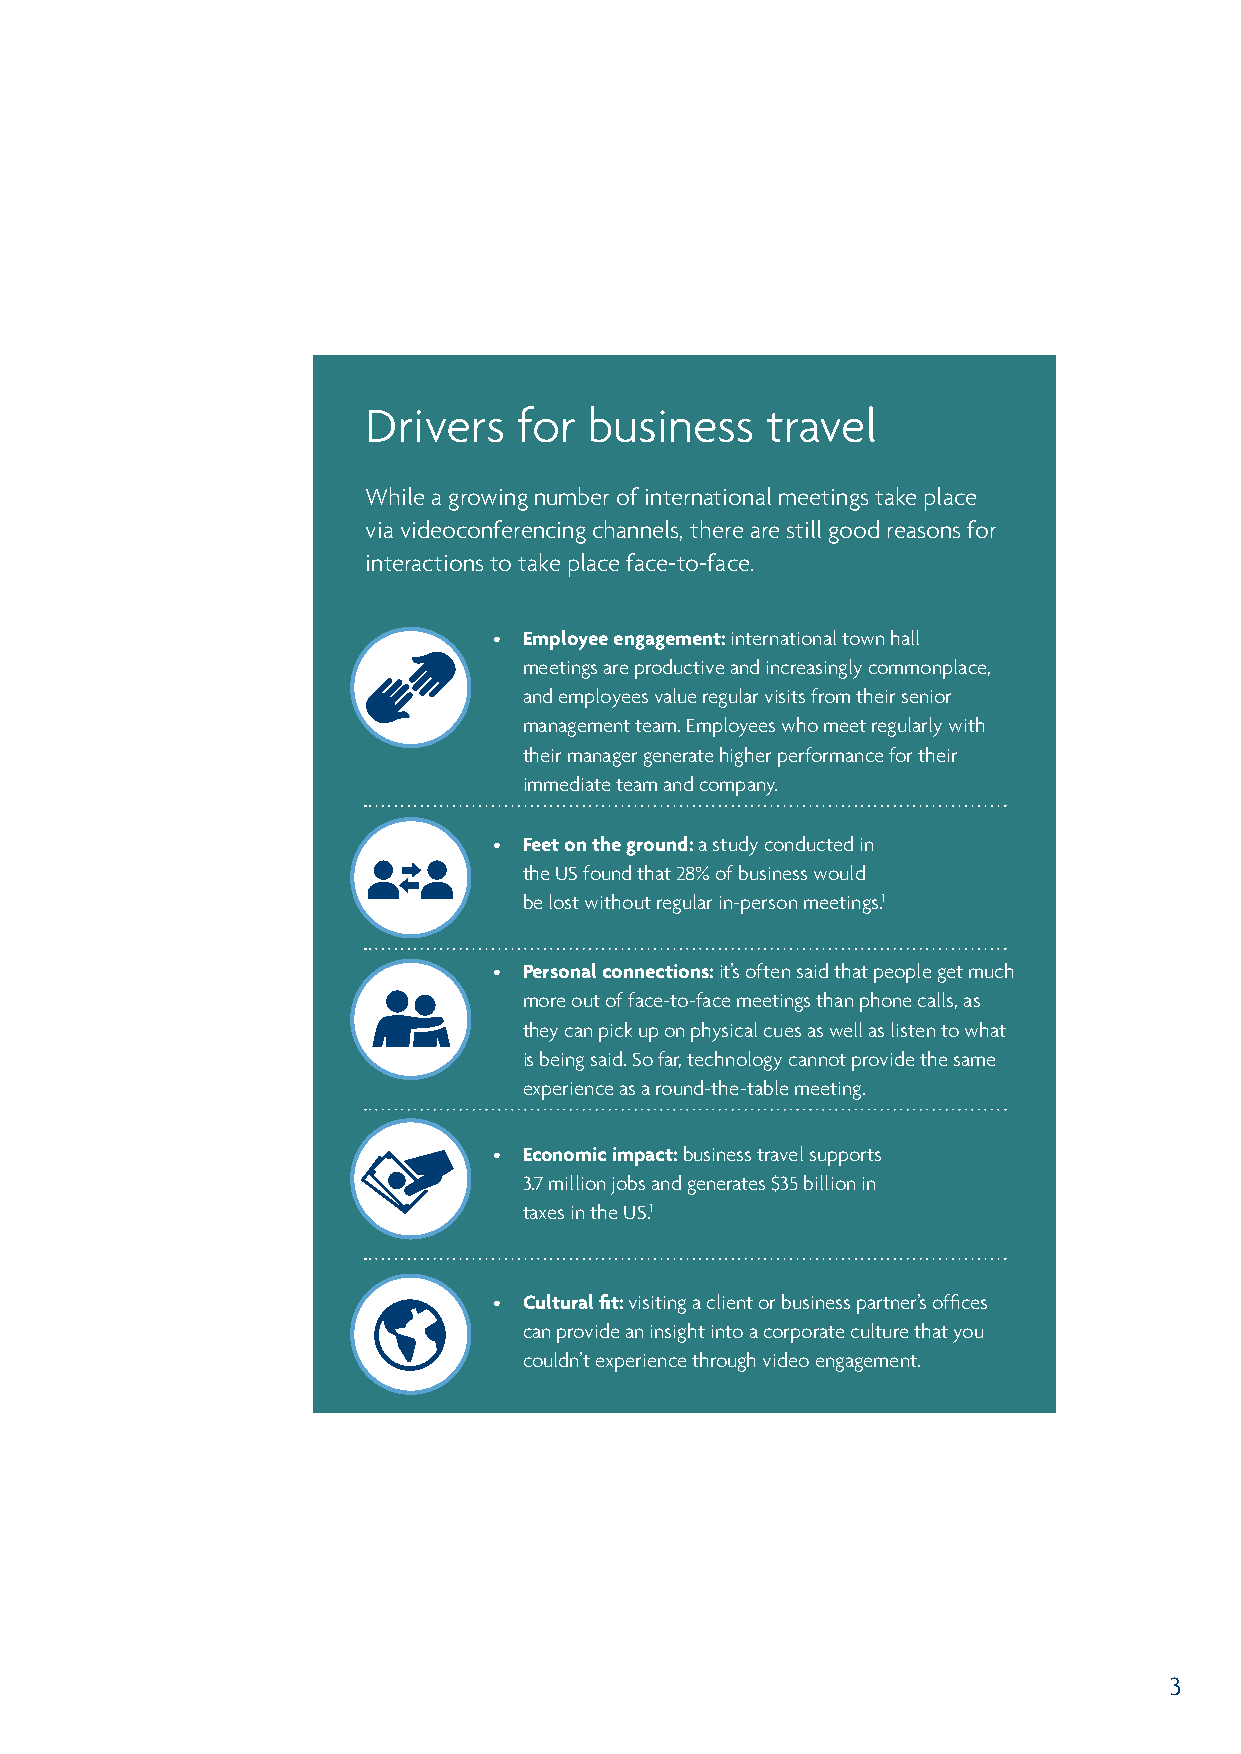
Drivers   for  business    travel
 While a growing number of international meetings take place
 via videoconferencing channels, there are still good reasons for
 interactions to take place face-to-face.
 • E mployee engagement: international town hall
 meetings are productive and increasingly commonplace,
 and employees value regular visits from their senior
 management team. Employees who meet regularly with
 their manager generate higher performance for their
 immediate team and company.
 • F eet on the ground: a study conducted in
 the US found that 28% of business would
 be lost without regular in-person meetings.1
 • Personal connections: it’s often said that people get much
 more out of face-to-face meetings than phone calls, as
 they can pick up on physical cues as well as listen to what
 is being said. So far, technology cannot provide the same
 experience as a round-the-table meeting.
 • Economic impact: business travel supports
 3.7 million jobs and generates $35 billion in
 taxes in the US.1
 • Cultural fit: visiting a client or business partner’s offices
 can provide an insight into a corporate culture that you
 couldn’t experience through video engagement.
 3